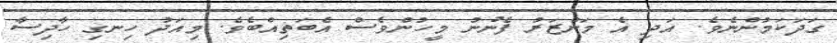
ގަދަކަމުންނެވެ. އަދި އެ މަންޒަރު ފެނުނު މީހުންވެސް އެބަތިއްބެވެ. މިއަދު ހިނގި ހާދިސާ